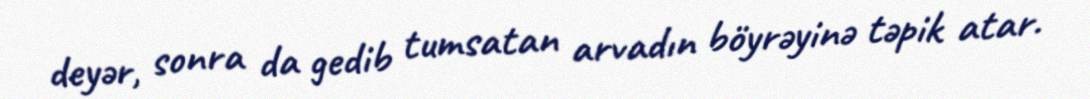
deyər, sonra da gedib tumsatan arvadın böyrəyinə təpik atar.